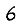
Digit: 6